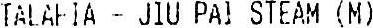
TALAFIA - JIU PAI STEAM (M)